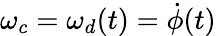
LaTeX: \omega_{c}=\omega_{d}(t)=\dot{\phi}(t)